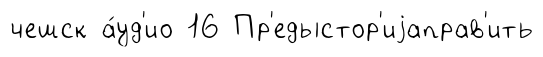
чешск а́уд'ио 16 Пр'едыстор'иjаправ'ить